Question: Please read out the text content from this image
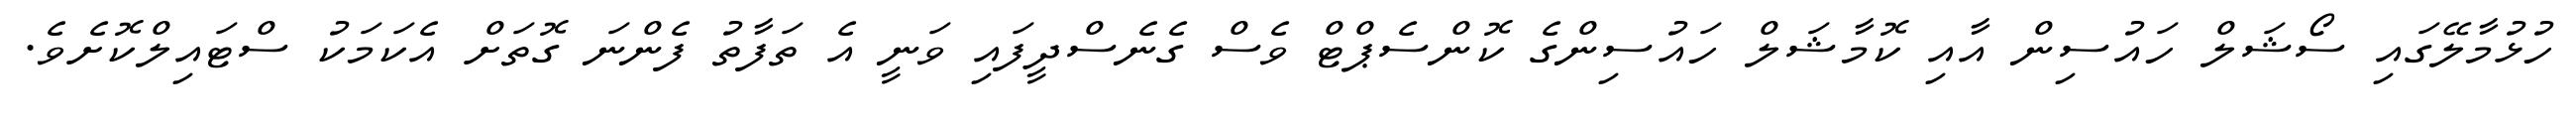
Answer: ހުޅުމާލޭގައި ސޯޝަލް ހައުސިން އާއި ކޮމާޝަލް ހައުސިންގެ ކޮންސެޕްޓް ވެސް ގެނެސްދީފައި ވަނީ އެ ތަފާތު ފެންނަ ގޮތަށް އެކަމަކު ސްޓައިލްކޮށެވެ.